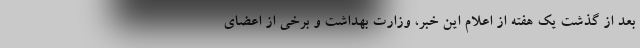
بعد از گذشت یک هفته از اعلام این خبر، وزارت بهداشت و برخی از اعضای